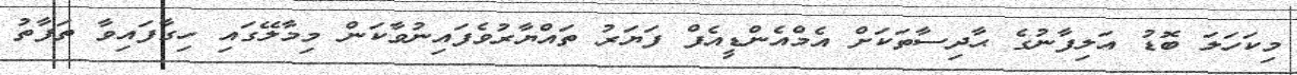
މިކަހަލަ ބޮޑު އަލިފާނުގެ ޙާދިސާތަކަށް އެމްއެންޑީއެފް ފަޔަރު ތައްޔާރުވެފައިނުވާކަން މިމާލޭގައި ހިގާފައިވާ ތަފާތު